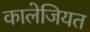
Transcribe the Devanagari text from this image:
कालेजियत